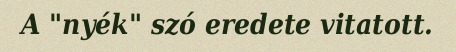
A "nyék" szó eredete vitatott.